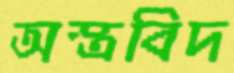
অস্ত্রবিদ